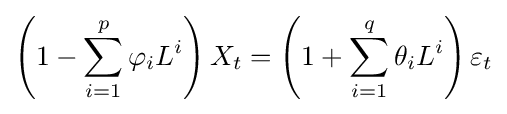
\left(1-\sum _{i=1}^{p}\varphi _{i}L^{i}\right)X_{t}=\left(1+\sum _{i=1}^{q}\theta _{i}L^{i}\right)\varepsilon _{t}